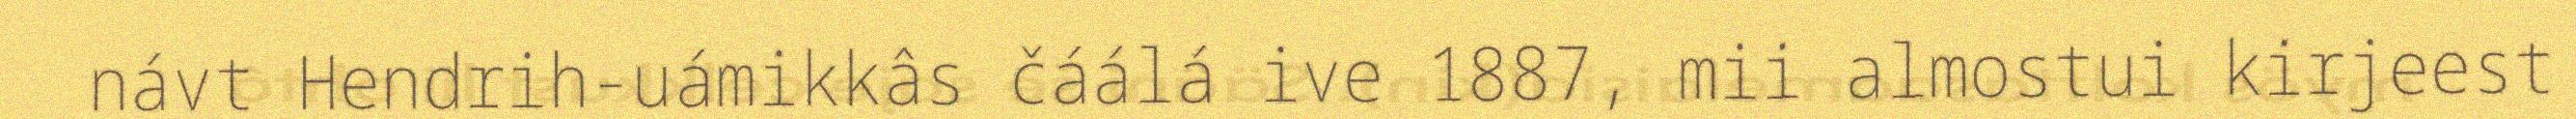
návt Hendrih-uámikkâs čáálá ive 1887, mii almostui kirjeest